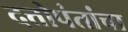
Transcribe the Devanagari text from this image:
दत्तोपंतांचा